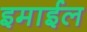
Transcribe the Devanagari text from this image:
इमाईल